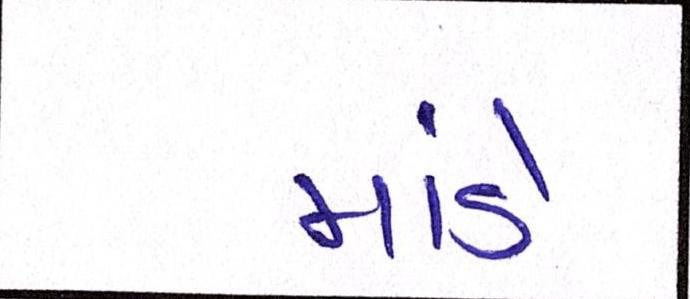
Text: માંડે